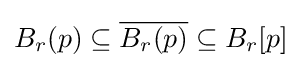
B_{r}(p)\subseteq {\overline {B_{r}(p)}}\subseteq B_{r}[p]